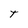
Character: t